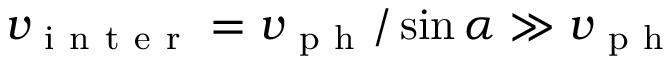
v _ { \mathrm { ~ i ~ n ~ t ~ e ~ r ~ } } = v _ { \mathrm { ~ p ~ h ~ } } / \sin \alpha \gg v _ { \mathrm { ~ p ~ h ~ } }